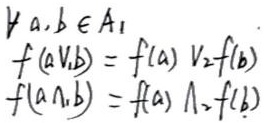
$\forall a,b\in A_1$
\begin{align*}
f(a\vee_1b)&=f(a)\vee_2f(b)\\
f(a\wedge_1b)&=f(a)\wedge_2f(b)
\end{align*}